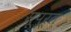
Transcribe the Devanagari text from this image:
सूपूर्त